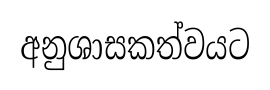
අනුශාසකත්වයට